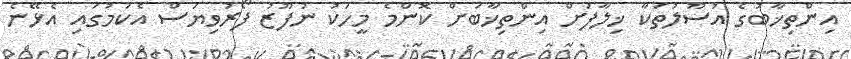
އިންތިޚާބުގެ އުސޫލުތަކާ ޚިލާފަށް އިންތިޚާބަށް ކޮންމެ މީހަކު ނުފޫޒު ފޯރުވިޔަސް އެކަމުގައި އެޅޭނެ